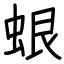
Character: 蛝